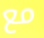
مع